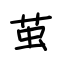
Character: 茧